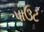
પાઉટ